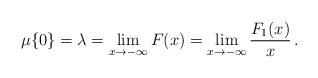
LaTeX: \begin{align*}\mu\{0\} = \lambda= \lim_{x\to-\infty} F(x) = \lim_{x\to-\infty} \frac{F_1(x)}{x} \,.\end{align*}